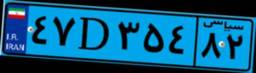
۴۷D۳۵۴۸۲